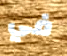
في